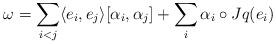
LaTeX: \begin{align*} \omega = \sum_{i<j} \langle e_i,e_j \rangle [\alpha_i,\alpha_j] + \sum_i \alpha_i\circ Jq(e_i)\end{align*}